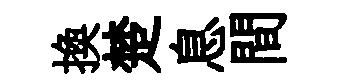
換楚息間